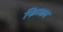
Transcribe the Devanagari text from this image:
फिन्जन